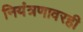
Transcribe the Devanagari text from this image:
नियंत्रणावरही